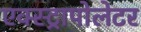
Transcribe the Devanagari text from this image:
एक्स्ट्रापोलेटर